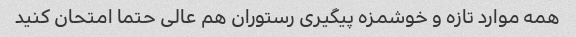
همه موارد تازه و خوشمزه پیگیری رستوران هم عالی حتما امتحان کنید